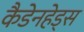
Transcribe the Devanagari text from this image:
कैडेनहेड्स